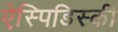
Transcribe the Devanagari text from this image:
ऐस्पिडिस्की